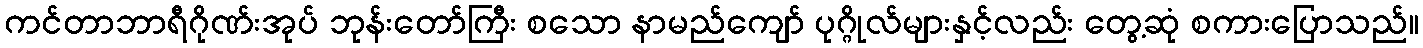
ကင်တာဘာရီဂိုဏ်းအုပ် ဘုန်းတော်ကြီး စသော နာမည်ကျော် ပုဂ္ဂိုလ်များနှင့်လည်း တွေ့ဆုံ စကားပြောသည်။